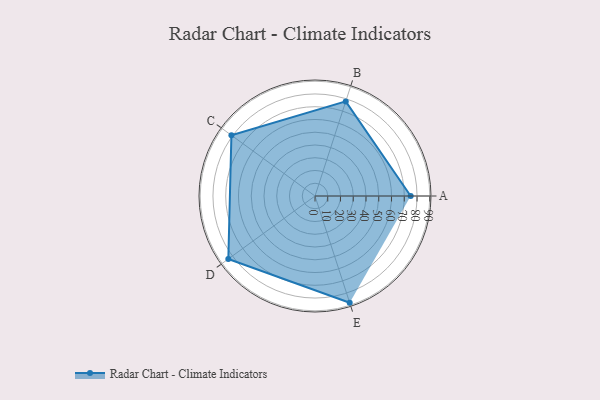
{"axis": {"x": "Skill", "y": "Score"}, "legend": ["Profile"], "data": [{"x": "A", "y": 75.0, "type": "Profile"}, {"x": "B", "y": 78.0, "type": "Profile"}, {"x": "C", "y": 81.0, "type": "Profile"}, {"x": "D", "y": 84.0, "type": "Profile"}, {"x": "E", "y": 88.0, "type": "Profile"}]}